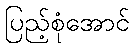
ပြည့်စုံအောင်